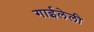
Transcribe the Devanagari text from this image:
गाईलेली